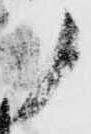
ノ